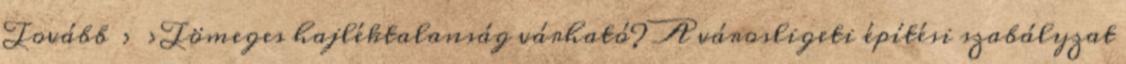
Tovább › ›Tömeges hajléktalanság várható? A városligeti építési szabályzat